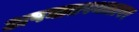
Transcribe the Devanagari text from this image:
अपघातस्थळावर